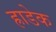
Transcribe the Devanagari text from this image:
ह्राडेक